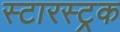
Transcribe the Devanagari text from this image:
स्टारस्ट्रक